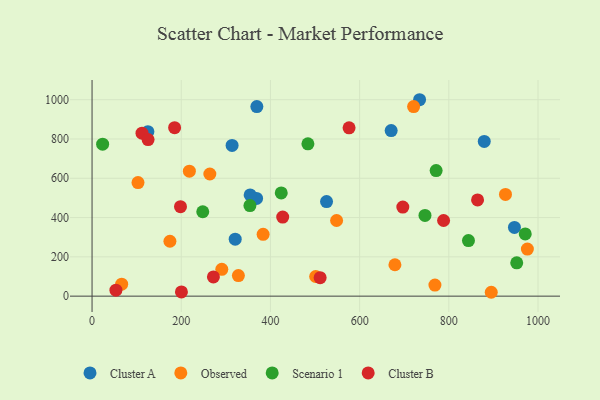
{"axis": {"x": "Investment", "y": "Rating"}, "legend": ["Cluster A", "Cluster B", "Observed", "Scenario 1"], "data": [{"x": "314.0", "y": 767.4, "type": "Cluster A"}, {"x": "670.7", "y": 842.7, "type": "Cluster A"}, {"x": "368.9", "y": 497.4, "type": "Cluster A"}, {"x": "525.8", "y": 481.3, "type": "Cluster A"}, {"x": "947.1", "y": 349.7, "type": "Cluster A"}, {"x": "734.4", "y": 999.8, "type": "Cluster A"}, {"x": "125.2", "y": 837.3, "type": "Cluster A"}, {"x": "321.0", "y": 290.1, "type": "Cluster A"}, {"x": "354.5", "y": 515.0, "type": "Cluster A"}, {"x": "879.4", "y": 787.7, "type": "Cluster A"}, {"x": "369.5", "y": 964.7, "type": "Cluster A"}, {"x": "721.0", "y": 965.0, "type": "Observed"}, {"x": "679.1", "y": 159.8, "type": "Observed"}, {"x": "895.1", "y": 19.7, "type": "Observed"}, {"x": "174.6", "y": 279.3, "type": "Observed"}, {"x": "264.1", "y": 621.8, "type": "Observed"}, {"x": "768.8", "y": 56.5, "type": "Observed"}, {"x": "927.0", "y": 517.9, "type": "Observed"}, {"x": "66.4", "y": 60.7, "type": "Observed"}, {"x": "103.0", "y": 578.1, "type": "Observed"}, {"x": "290.9", "y": 136.4, "type": "Observed"}, {"x": "976.1", "y": 239.6, "type": "Observed"}, {"x": "328.1", "y": 104.9, "type": "Observed"}, {"x": "383.6", "y": 314.9, "type": "Observed"}, {"x": "501.4", "y": 100.0, "type": "Observed"}, {"x": "218.2", "y": 636.1, "type": "Observed"}, {"x": "548.3", "y": 385.1, "type": "Observed"}, {"x": "952.2", "y": 169.4, "type": "Scenario 1"}, {"x": "248.2", "y": 429.6, "type": "Scenario 1"}, {"x": "424.2", "y": 525.5, "type": "Scenario 1"}, {"x": "23.7", "y": 773.5, "type": "Scenario 1"}, {"x": "771.5", "y": 639.4, "type": "Scenario 1"}, {"x": "844.0", "y": 282.8, "type": "Scenario 1"}, {"x": "354.0", "y": 461.2, "type": "Scenario 1"}, {"x": "746.5", "y": 411.0, "type": "Scenario 1"}, {"x": "484.0", "y": 775.2, "type": "Scenario 1"}, {"x": "971.3", "y": 316.6, "type": "Scenario 1"}, {"x": "200.4", "y": 21.4, "type": "Cluster B"}, {"x": "788.2", "y": 385.0, "type": "Cluster B"}, {"x": "112.0", "y": 829.5, "type": "Cluster B"}, {"x": "511.4", "y": 94.1, "type": "Cluster B"}, {"x": "272.1", "y": 98.0, "type": "Cluster B"}, {"x": "696.8", "y": 453.6, "type": "Cluster B"}, {"x": "185.1", "y": 857.4, "type": "Cluster B"}, {"x": "53.5", "y": 30.4, "type": "Cluster B"}, {"x": "576.3", "y": 856.6, "type": "Cluster B"}, {"x": "864.4", "y": 489.7, "type": "Cluster B"}, {"x": "427.5", "y": 402.6, "type": "Cluster B"}, {"x": "198.3", "y": 455.3, "type": "Cluster B"}, {"x": "125.6", "y": 796.8, "type": "Cluster B"}]}